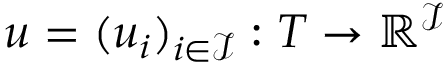
u = ( u _ { i } ) _ { i \in { \mathcal { I } } } : T \rightarrow \mathbb { R } ^ { \mathcal { I } }